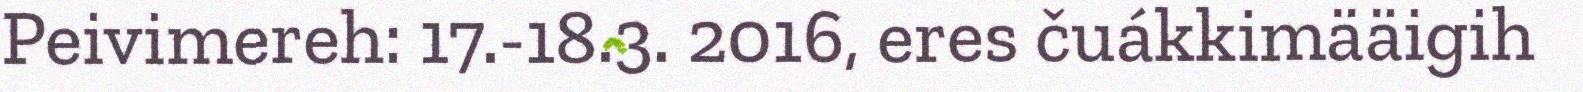
Peivimereh: 17.-18.3. 2016, eres čuákkimääigih